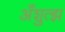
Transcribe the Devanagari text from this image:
अँशुत्झ